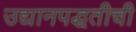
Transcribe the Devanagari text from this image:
उद्यानपद्धतीची